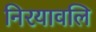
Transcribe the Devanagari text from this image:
निरयावलि